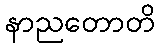
နာညတောတိ